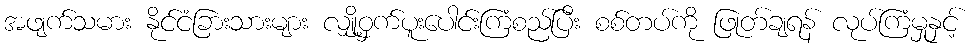
အဖျက်သမား နိုင်ငံခြားသားများ လျှို့ဝှက်ပူးပေါင်းကြံစည်ပြီး စစ်တပ်ကို ဖြုတ်ချရန် လုပ်ကြံမှုနှင့်